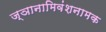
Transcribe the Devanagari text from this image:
ज्ञानामिवंशनामक